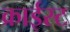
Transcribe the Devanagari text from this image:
क्राईस्ट